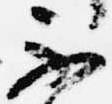
不